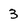
Character: 3